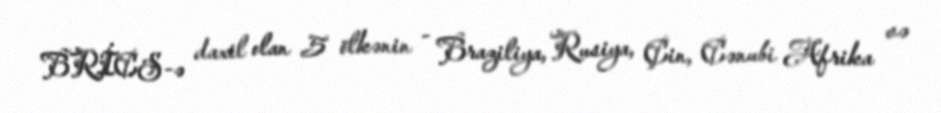
BRİCS-ə daxil olan 5 ölkənin - Braziliya, Rusiya, Çin, Cənubi Afrika və